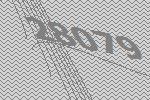
28079